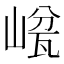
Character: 𡺜